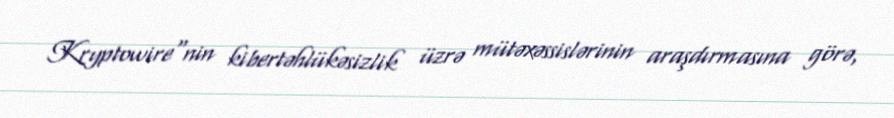
Kryptowire"nin kibertəhlükəsizlik üzrə mütəxəssislərinin araşdırmasına görə,